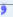
و